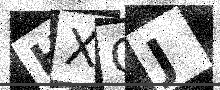
Text: HXGJ